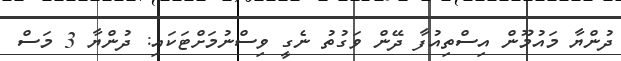
ދުންޔާ މައުމޫން އިސްތިއުފާ ދޭން ވަގުތު ނެގީ ވިސްނުމަށްޓަކައި: ދުންޔާ 3 މަސް